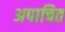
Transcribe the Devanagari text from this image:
अपाचित